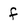
Character: f